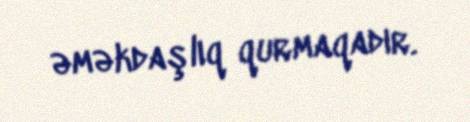
əməkdaşlıq qurmaqadır.